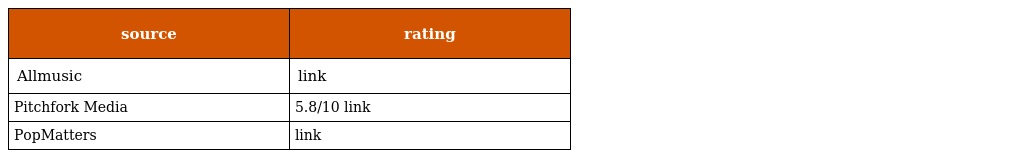
| source | rating |
 | --- | --- |
 | Allmusic | link |
 | Pitchfork Media | 5.8/10 link |
 | PopMatters | link |